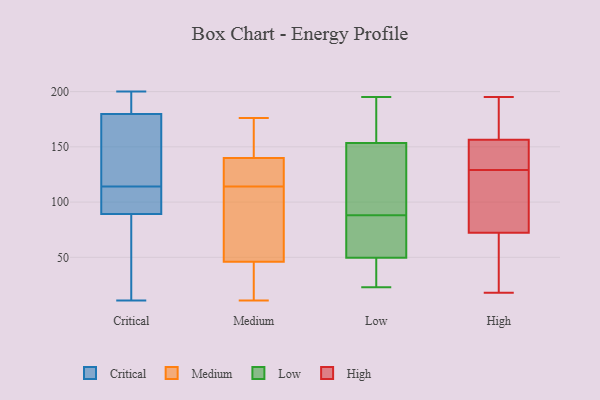
{"axis": {"x": "Inventory Turnover", "y": "Value"}, "legend": ["Critical", "High", "Low", "Medium"], "data": [{"x": "", "y": 43, "type": "Critical"}, {"x": "", "y": 157, "type": "Critical"}, {"x": "", "y": 93, "type": "Critical"}, {"x": "", "y": 108, "type": "Critical"}, {"x": "", "y": 199, "type": "Critical"}, {"x": "", "y": 88, "type": "Critical"}, {"x": "", "y": 188, "type": "Critical"}, {"x": "", "y": 101, "type": "Critical"}, {"x": "", "y": 128, "type": "Critical"}, {"x": "", "y": 11, "type": "Critical"}, {"x": "", "y": 200, "type": "Critical"}, {"x": "", "y": 20, "type": "Critical"}, {"x": "", "y": 94, "type": "Critical"}, {"x": "", "y": 114, "type": "Critical"}, {"x": "", "y": 135, "type": "Critical"}, {"x": "", "y": 181, "type": "Critical"}, {"x": "", "y": 27, "type": "Critical"}, {"x": "", "y": 195, "type": "Critical"}, {"x": "", "y": 176, "type": "Critical"}, {"x": "", "y": 128, "type": "Medium"}, {"x": "", "y": 154, "type": "Medium"}, {"x": "", "y": 140, "type": "Medium"}, {"x": "", "y": 46, "type": "Medium"}, {"x": "", "y": 11, "type": "Medium"}, {"x": "", "y": 33, "type": "Medium"}, {"x": "", "y": 50, "type": "Medium"}, {"x": "", "y": 151, "type": "Medium"}, {"x": "", "y": 111, "type": "Medium"}, {"x": "", "y": 139, "type": "Medium"}, {"x": "", "y": 176, "type": "Medium"}, {"x": "", "y": 117, "type": "Medium"}, {"x": "", "y": 13, "type": "Medium"}, {"x": "", "y": 73, "type": "Medium"}, {"x": "", "y": 195, "type": "Low"}, {"x": "", "y": 62, "type": "Low"}, {"x": "", "y": 36, "type": "Low"}, {"x": "", "y": 136, "type": "Low"}, {"x": "", "y": 138, "type": "Low"}, {"x": "", "y": 75, "type": "Low"}, {"x": "", "y": 183, "type": "Low"}, {"x": "", "y": 169, "type": "Low"}, {"x": "", "y": 61, "type": "Low"}, {"x": "", "y": 23, "type": "Low"}, {"x": "", "y": 38, "type": "Low"}, {"x": "", "y": 101, "type": "Low"}, {"x": "", "y": 94, "type": "High"}, {"x": "", "y": 42, "type": "High"}, {"x": "", "y": 57, "type": "High"}, {"x": "", "y": 146, "type": "High"}, {"x": "", "y": 133, "type": "High"}, {"x": "", "y": 195, "type": "High"}, {"x": "", "y": 169, "type": "High"}, {"x": "", "y": 160, "type": "High"}, {"x": "", "y": 141, "type": "High"}, {"x": "", "y": 65, "type": "High"}, {"x": "", "y": 96, "type": "High"}, {"x": "", "y": 185, "type": "High"}, {"x": "", "y": 18, "type": "High"}, {"x": "", "y": 129, "type": "High"}, {"x": "", "y": 109, "type": "High"}]}